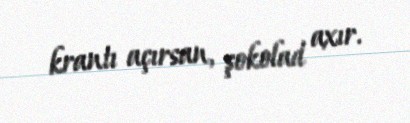
krantı açırsan, şokolad axır.